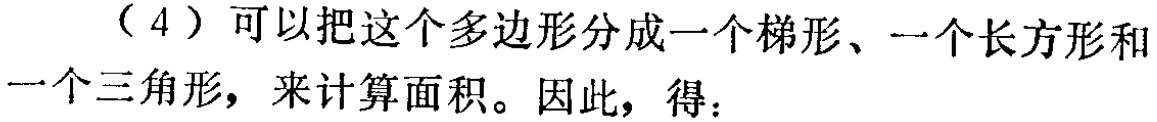
（4）可以把这个多边形分成一个梯形、一个长方形和一个三角形，来计算面积。因此，得：